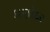
કાણોદર